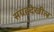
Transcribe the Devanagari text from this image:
संग्रहदेखील